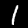
Digit: 1